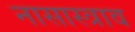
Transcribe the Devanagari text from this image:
नासास्त्राव